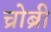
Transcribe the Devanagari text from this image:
च्रोब्री